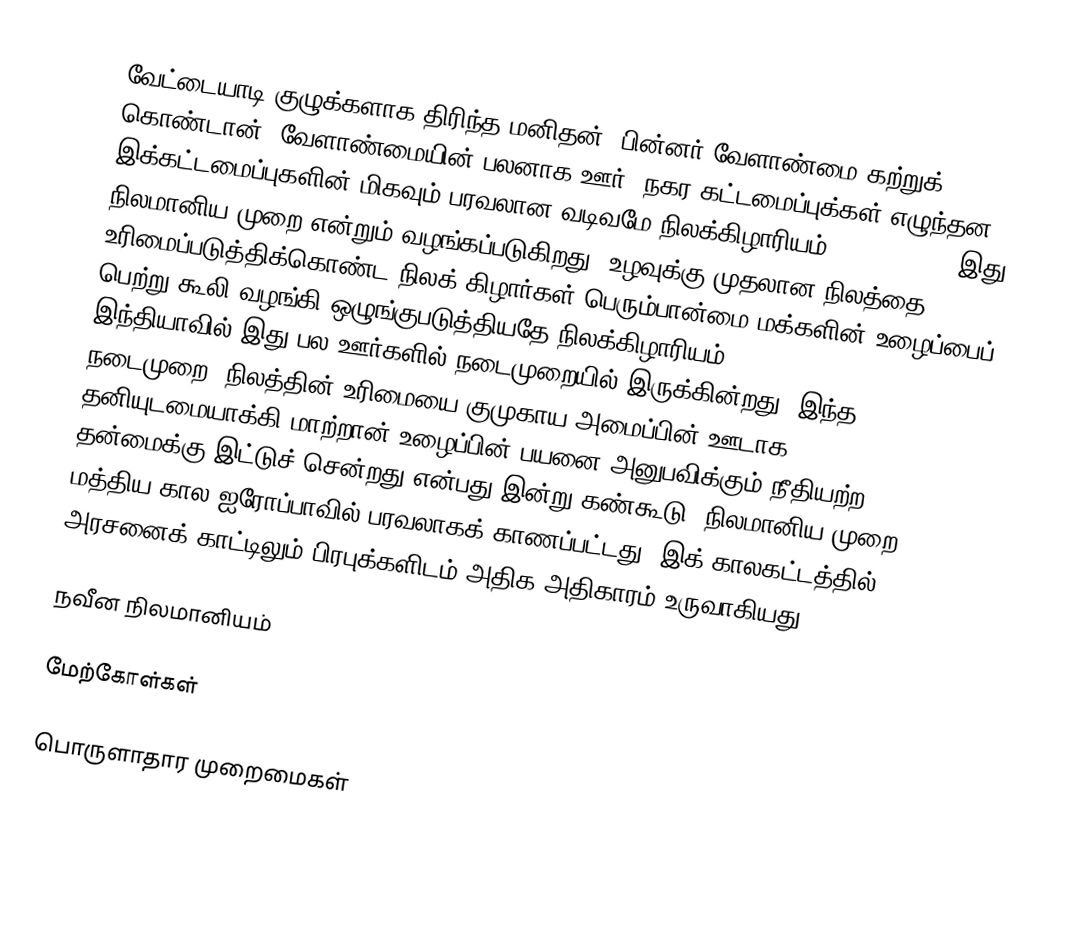
வேட்டையாடி குழுக்களாக திரிந்த மனிதன், பின்னர் வேளாண்மை கற்றுக் கொண்டான். வேளாண்மையின் பலனாக ஊர், நகர கட்டமைப்புக்கள் எழுந்தன. இக்கட்டமைப்புகளின் மிகவும் பரவலான வடிவமே நிலக்கிழாரியம் (feudalism). இது நிலமானிய முறை என்றும் வழங்கப்படுகிறது. உழவுக்கு முதலான நிலத்தை உரிமைப்படுத்திக்கொண்ட நிலக் கிழார்கள் பெரும்பான்மை மக்களின் உழைப்பைப் பெற்று கூலி வழங்கி ஒழுங்குபடுத்தியதே நிலக்கிழாரியம் (feudalism). இந்தியாவில் இது பல ஊர்களில் நடைமுறையில் இருக்கின்றது. இந்த நடைமுறை, நிலத்தின் உரிமையை குமுகாய அமைப்பின் ஊடாக தனியுடமையாக்கி மாற்றான் உழைப்பின் பயனை அனுபவிக்கும் நீதியற்ற தன்மைக்கு இட்டுச் சென்றது என்பது இன்று கண்கூடு. நிலமானிய முறை மத்திய கால ஐரோப்பாவில் பரவலாகக் காணப்பட்டது. இக் காலகட்டத்தில் அரசனைக் காட்டிலும் பிரபுக்களிடம் அதிக அதிகாரம் உருவாகியது.

நவீன நிலமானியம்

மேற்கோள்கள்

பொருளாதார முறைமைகள்